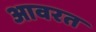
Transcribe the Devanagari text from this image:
आवरत